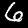
Label: 6